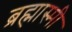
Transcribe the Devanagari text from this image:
ब्रह्मास्मी